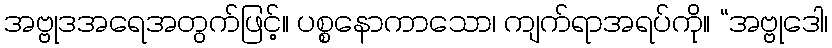
အဗ္ဗုဒအရေအတွက်ဖြင့်။ ပစ္စနောကာသော၊ ကျက်ရာအရပ်ကို။ “အဗ္ဗုဒေါ၊